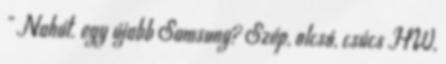
" Nahát. egy újabb Samsung? Szép, olcsó, csúcs HW,